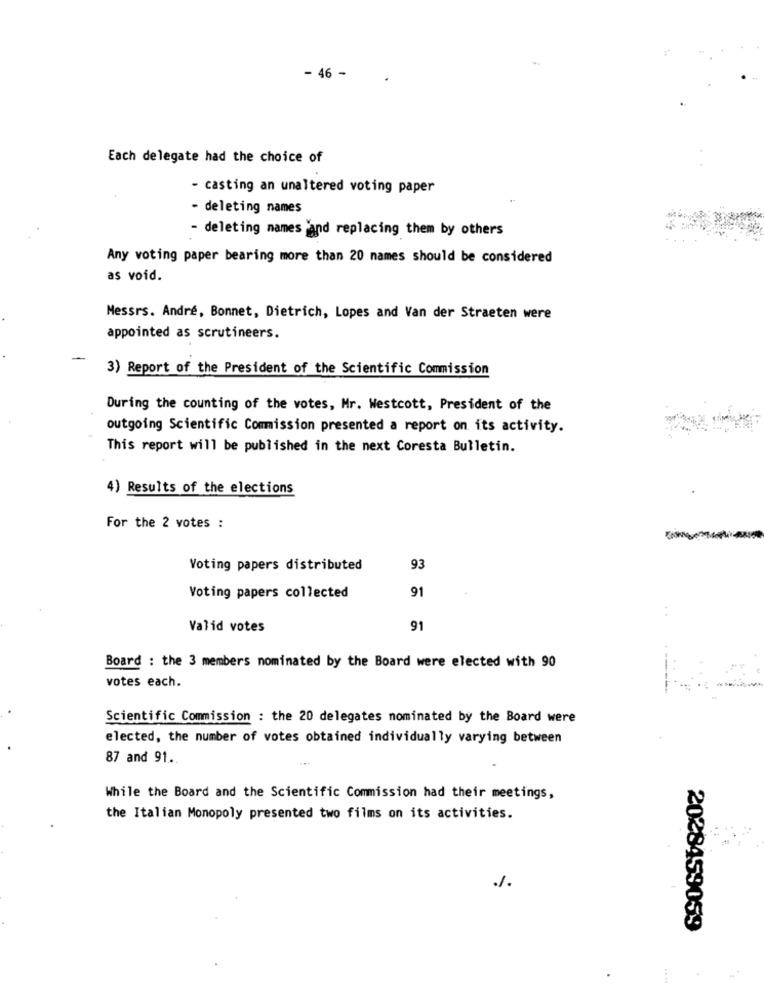
- 46 -
Each delegate had the choice of
- casting an unaltered voting paper
- deleting names
- deleting names and replacing them by others
Any voting paper bearing more than 20 names should be considered
as void.
Messrs. André, Bonnet, Dietrich, Lopes and Van der Straeten were
appointed as scrutineers.
-
3) Report of the President of the Scientific Commission
During the counting of the votes, Mr. Westcott, President of the
outgoing Scientific Commission presented a report on its activity.
This report will be published in the next Coresta Bulletin.
4) Results of the elections
For the 2 votes :
Voting papers distributed
93
91
Voting papers collected
Valid votes
91
Board : the 3 members nominated by the Board were elected with 90
votes each.
Scientific Commission : the 20 delegates nominated by the Board were
elected, the number of votes obtained individually varying between
87 and 91 ..
While the Board and the Scientific Commission had their meetings,
the Italian Monopoly presented two films on its activities.
-
2028459059
.
.